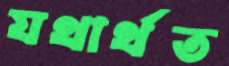
যথার্থত